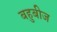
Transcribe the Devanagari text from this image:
बहुबीज